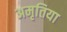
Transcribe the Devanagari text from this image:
अमृतिया